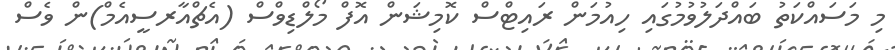
މި މަސައްކަތު ބައްދަލުވުމުގައި ހިއުމަން ރައިޓްސް ކޮމިޝަން އޮފް މޯލްޑިވްސް (އެޗްއާރސީއެމް)ން ވެސް